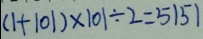
( 1 + 1 0 1 ) \times 1 0 1 \div 2 = 5 1 5 1